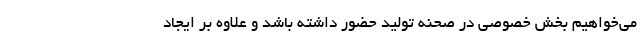
می‌خواهیم بخش خصوصی در صحنه تولید حضور داشته باشد و علاوه بر ایجاد